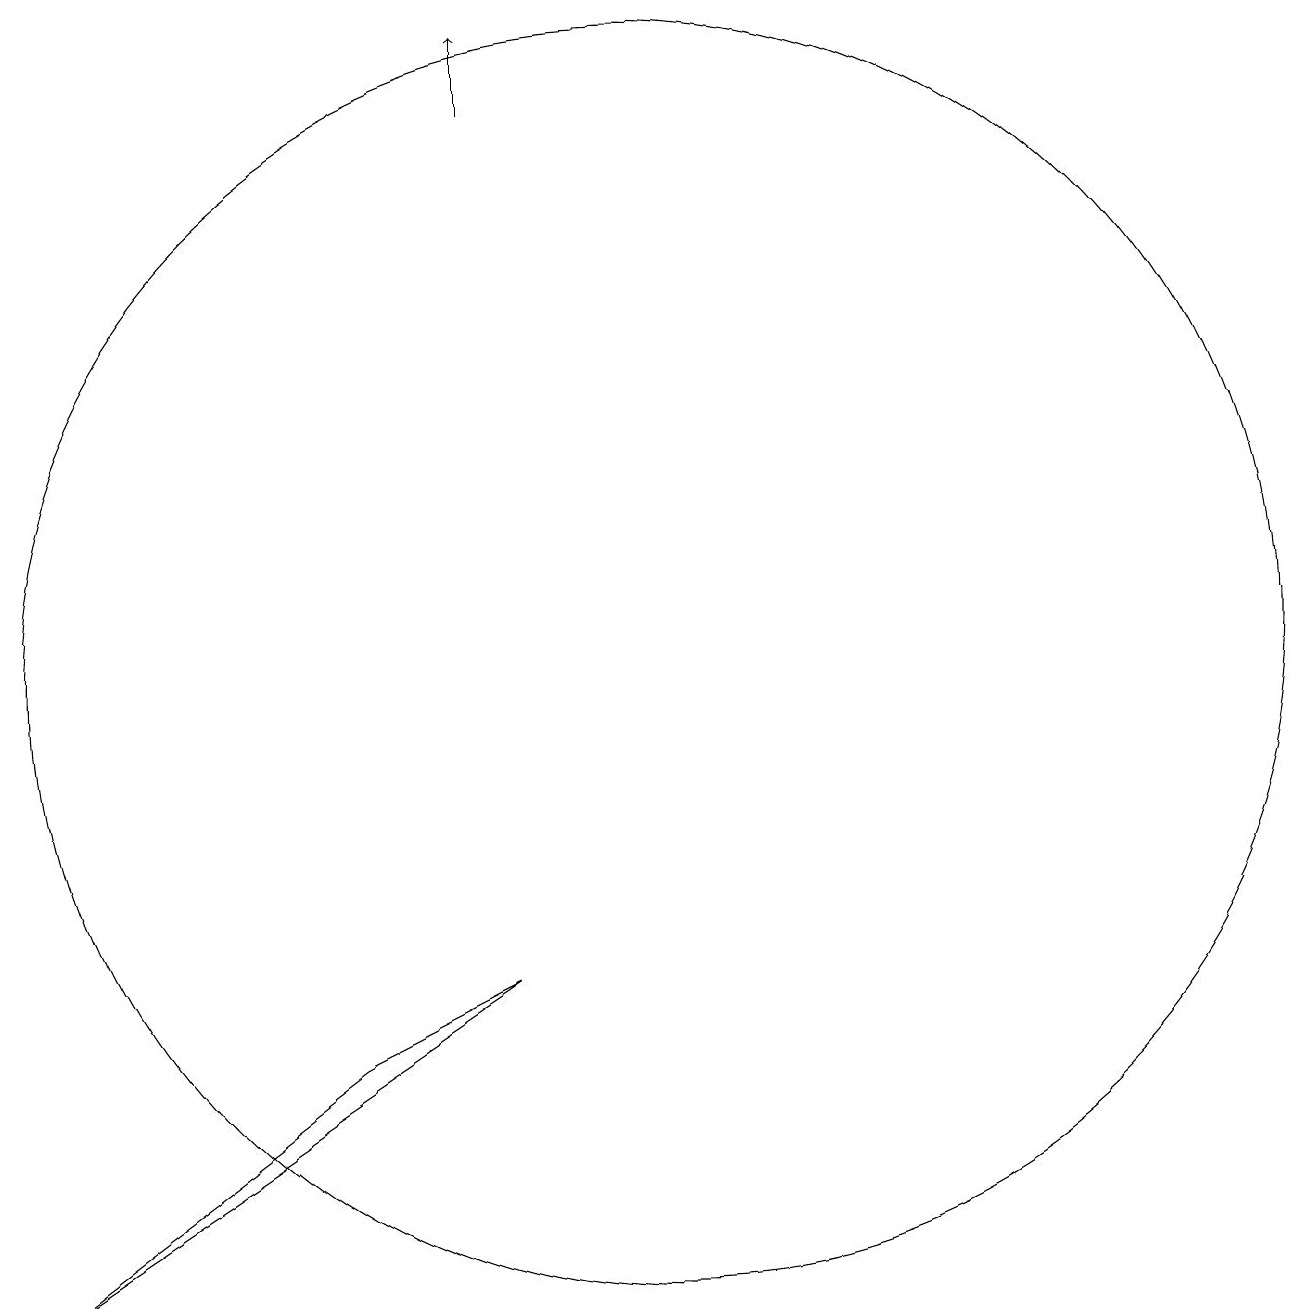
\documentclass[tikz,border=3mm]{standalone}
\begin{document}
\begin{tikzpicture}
\draw (7,5) -- (3,2) -- (9,6) -- cycle;
\draw (11,10) circle (8);
\draw[->] (9,17) -- (9,18);
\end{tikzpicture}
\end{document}